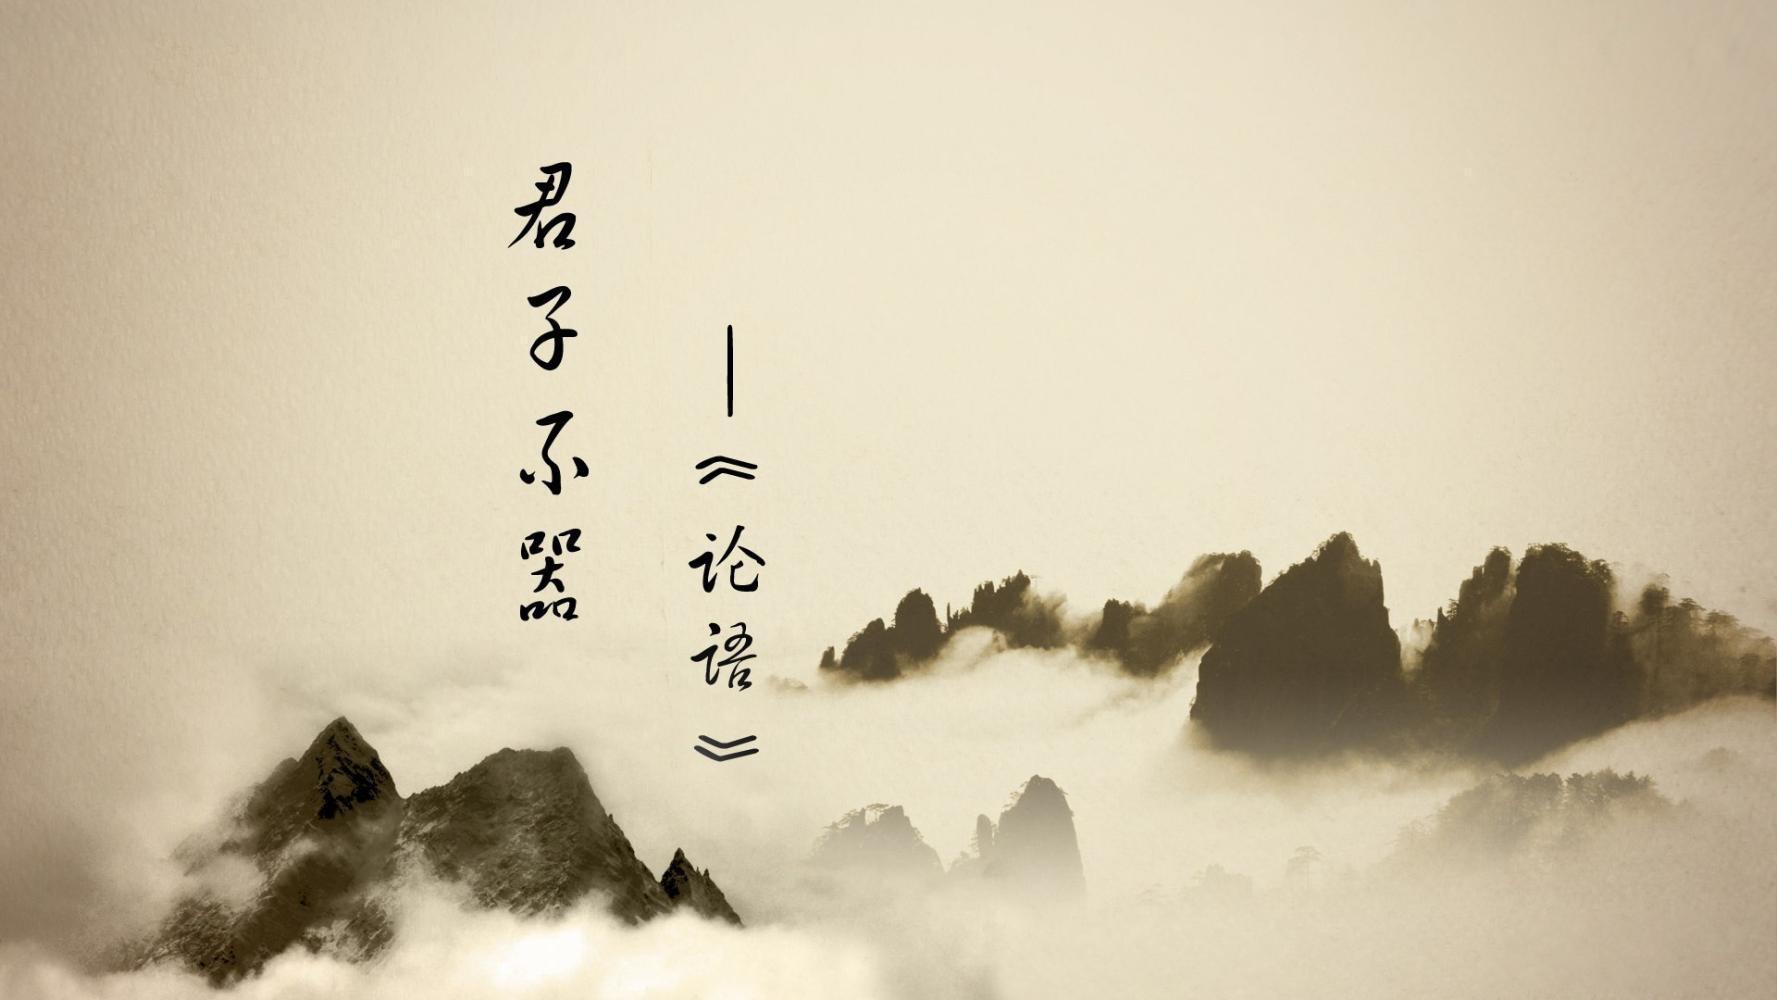
日出入安穷？时世不与人同。